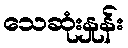
သေဆုံးနှုန်း